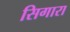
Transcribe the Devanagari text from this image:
सिगारा